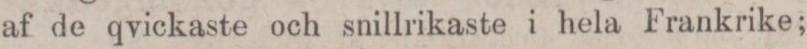
af de qvickaste och snillrikaste i hela Frankrike;